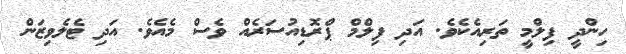
ހިންދީ ފިލްމީ ތަރިއެކެވެ. އަދި ފިލްމް ޕްރޮޑިއުސަރެއް ވެސް މެއެވެ. އަދި ޓެލެވިޒަން